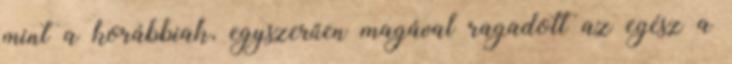
mint a korábbiak, egyszerűen magával ragadott az egész a